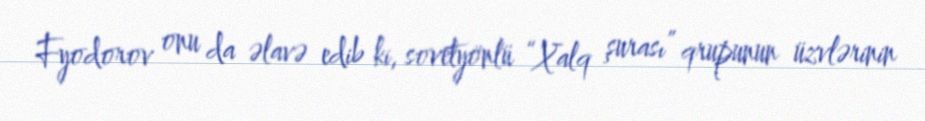
Fyodorov onu da əlavə edib ki, sovetyönlü “Xalq şurası” qrupunun üzvlərinin